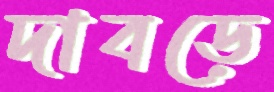
দাবড়ে